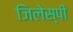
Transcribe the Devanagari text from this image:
जिलेस्पी